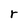
Character: r